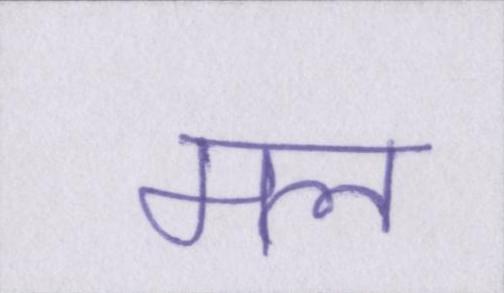
मल